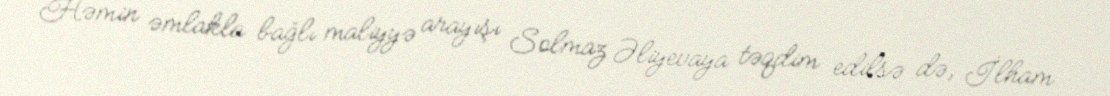
Həmin əmlakla bağlı maliyyə arayışı Solmaz Əliyevaya təqdim edilsə də, İlham